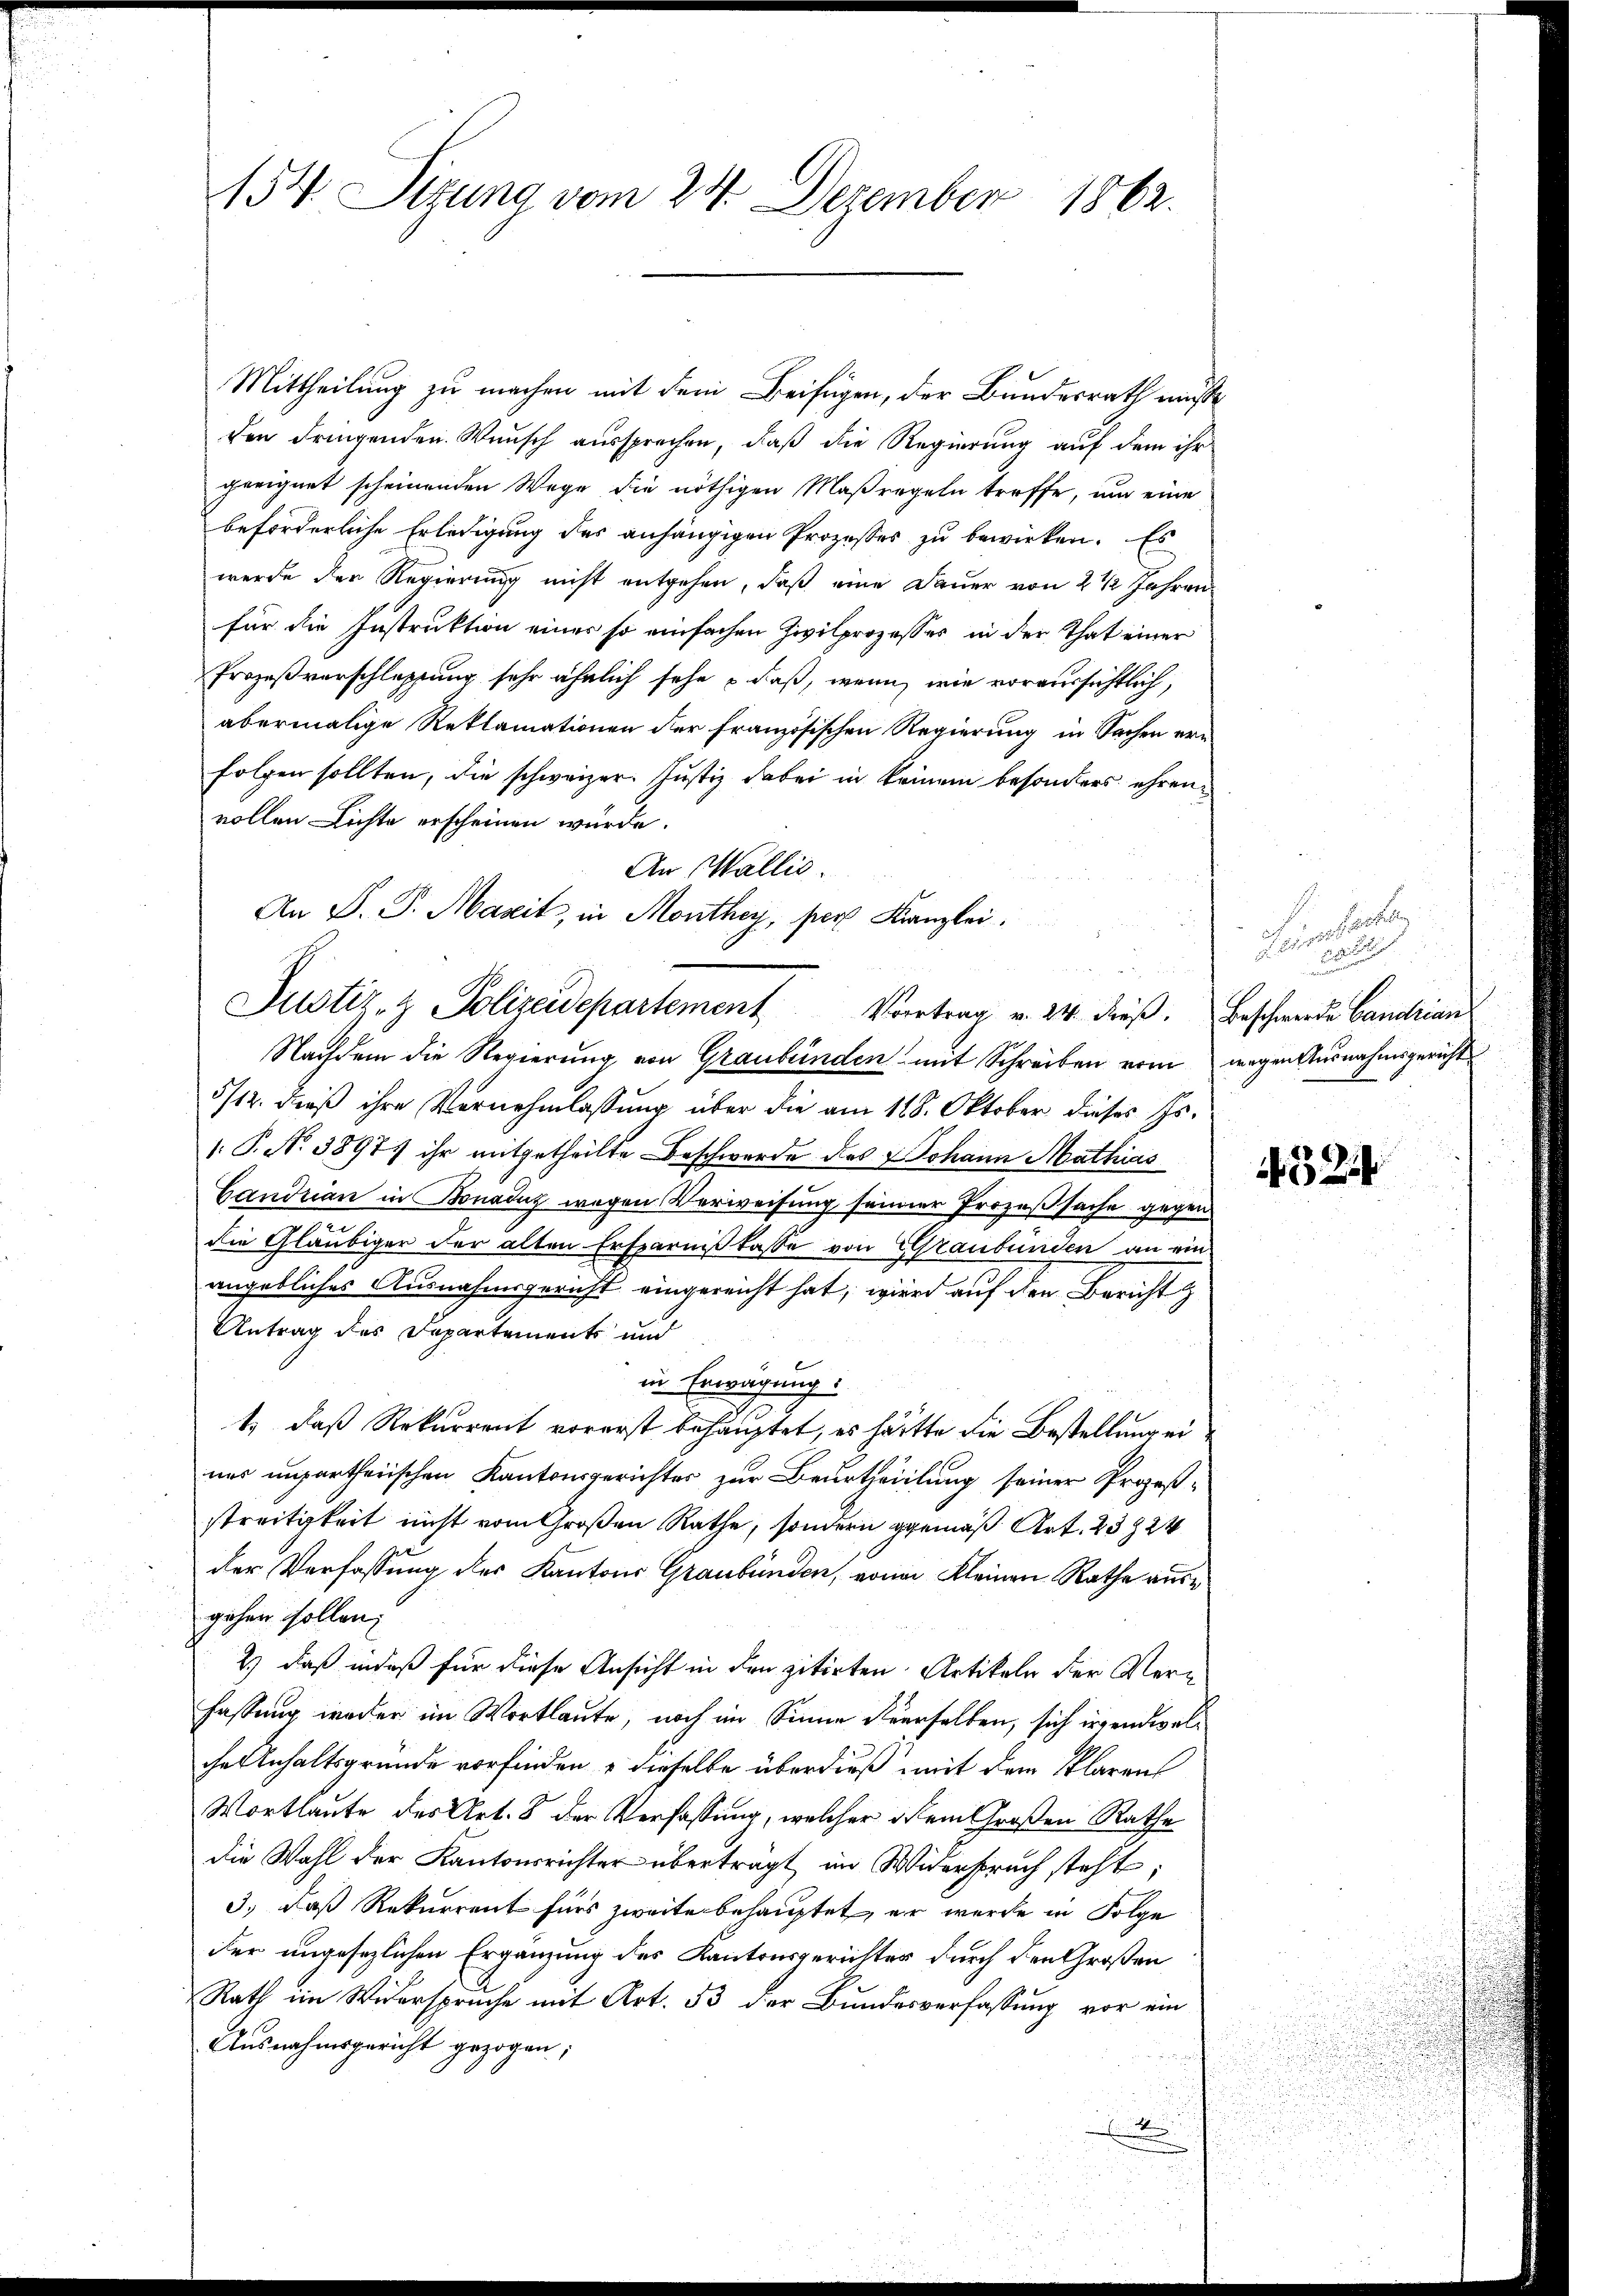
154. Sizung vom 24. Dezember 1862.

Mittheilung zu machen mit dem Beifügen, der Bundesrath müße
den dringenden Wunsch aussprechen, daß die Regierung auf dem ihr
geeignet scheinenden Wege die nöthigen Maßregeln treffe, um eine
beforderliche Erledigung des anhängigen Prozesses zu bewirken. Es
werde der Regierung nicht entgehen, daß eine Dauer von 2 1/2 Jahren
für die Instruktion einer so einfachen Zivilprozesses in der That einer
Prozeßverschlassung sehr ähnlich sehe & daß, wenn, wie voraussichtlich,
abermalige Reklamationen der französischen Regierung in Sachen ern
folgen sollten, die schweizer. Justiz dabei in keinem besonders ehren
vollen Lichte erscheinen würde.
An Wallis.
Nachdem die Regierung von Graubünden mit Schreiben vom wegen Ausnahmsgericht
5/12. dieß ihre Vernehmlassung über die am 118. Oktober dieses Hs.
( P. N. 3897 ihr mitgetheilte Beschwerde das Johann Mathias
Candrian in Konanz wegen Verweisung seiner Prozeßsache gegen
die Gläubiger der alten Ersparnitasse von Graubünden an ein
angebliches Ausnahmsgericht eingereicht hat, wird auf den Bericht
Antrag des Departement und
in Erwägung:
1) daß Rekurrent vorerst behauptet, es hätte die Bestellung eines unpartheiischen Kantonsgerichter zur Beurtheilung seiner Prozeßi
streitigkeit nicht vom Großen Rathe, sondern gemäß Art. 23824
der Verfassung des Kantons Graubünden, von Kleinen Rathe ause
gehen sollen;
2.) daß indeß für diese Ansicht in den zitirten Artikeln der Verfassung weder im Wortlaute, noch im Sinne derselben, sich irgendwelche Anhaltsgründe vorfinden & dieselbe überdieß mit dem klaren
Wortlaute des Art. 8 der Verfassung, welcher dem Großen Rathe
die Wahl der Kantonsrichter übertragt im Widerspruch steht:
3.) daß Rekurrent fürs zweite behauptet, er werde in Folge
der ungesezlichen Ergänzung des Kantonsgerichter durch den Großen
Rath im Widerspruche mit Art. 53 der Bundesverfassung vor ein
Ausnahmsgericht gezogen;
x

An D. P. Maxit, in Monthey, par Kanzlei.
Justiz- & Polizeidepartement Vortrag v. 24. dieß. Beschwerde Candrian

inhalten
e

452